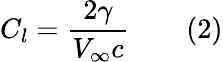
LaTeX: C_{l}={\frac{2\gamma}{V_{\infty}c}}\qquad(2)